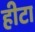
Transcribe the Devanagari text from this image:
हीटा